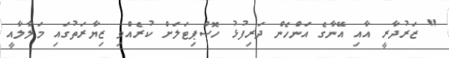
" ޒަރުދާރީ އާއި އޭނާގެ އަންހެން ދަރިފުޅު ހޮސްޕިޓަލަށް ކުރެއްވި ޒިޔާރަތުގައި މަލާލާއީ